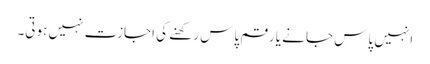
انہیں پاس جانے یا رقم پاس رکھنے کی اجازت نہیں ہوتی۔